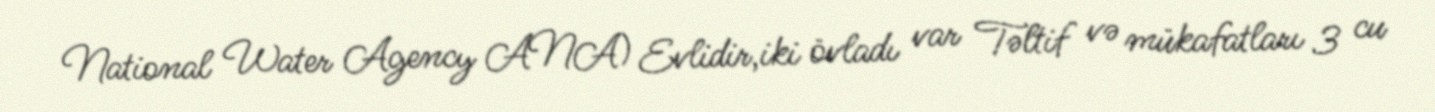
National Water Agency ANA) Evlidir,iki övladı var Təltif və mükafatları 3 cu